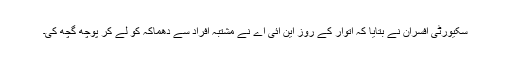
سکیورٹی افسران نے بتایا کہ اتوار کے روز این آئی اے نے مشتبہ افراد سے دھماکہ کو لے کر پوچھ گچھ کی۔